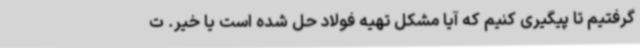
گرفتیم تا پیگیری کنیم که آیا مشکل تهیه فولاد حل شده است یا خیر. ت